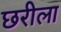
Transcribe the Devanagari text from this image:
छरीला